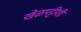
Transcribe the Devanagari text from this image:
खेळपट्टीशी